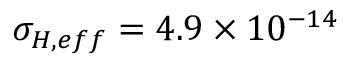
\sigma _ { H , e f f } = 4 . 9 \times 1 0 ^ { - 1 4 }